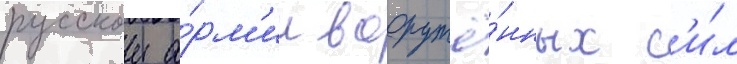
русскои а́рм'ии вооружё́нных с'и́л